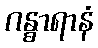
ဂန္ဓာရာနံ